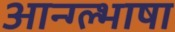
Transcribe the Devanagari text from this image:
आन्ग्ल्भाषा